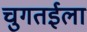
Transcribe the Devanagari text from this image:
चुगतईला